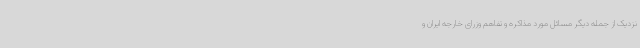
نزدیک از جمله دیگر مسائل مورد مذاکره و تفاهم وزرای خارجه ایران و